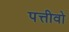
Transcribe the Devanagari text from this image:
पत्तीवो